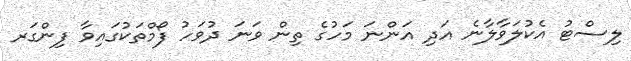
ލިސްޓު އެކުލަވާލާނެ އަދި އަންނަ މަހުގެ ތިން ވަނަ ދުވަހު ފޯމްތަކުގައިވާ ފިންގަރ